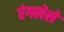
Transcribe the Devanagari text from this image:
रंगलेले